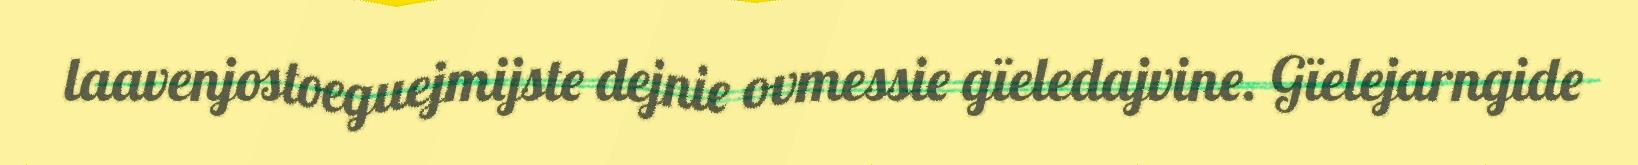
laavenjostoeguejmijste dejnie ovmessie gïeledajvine. Gïelejarngide